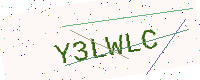
Text: Y3LWLC